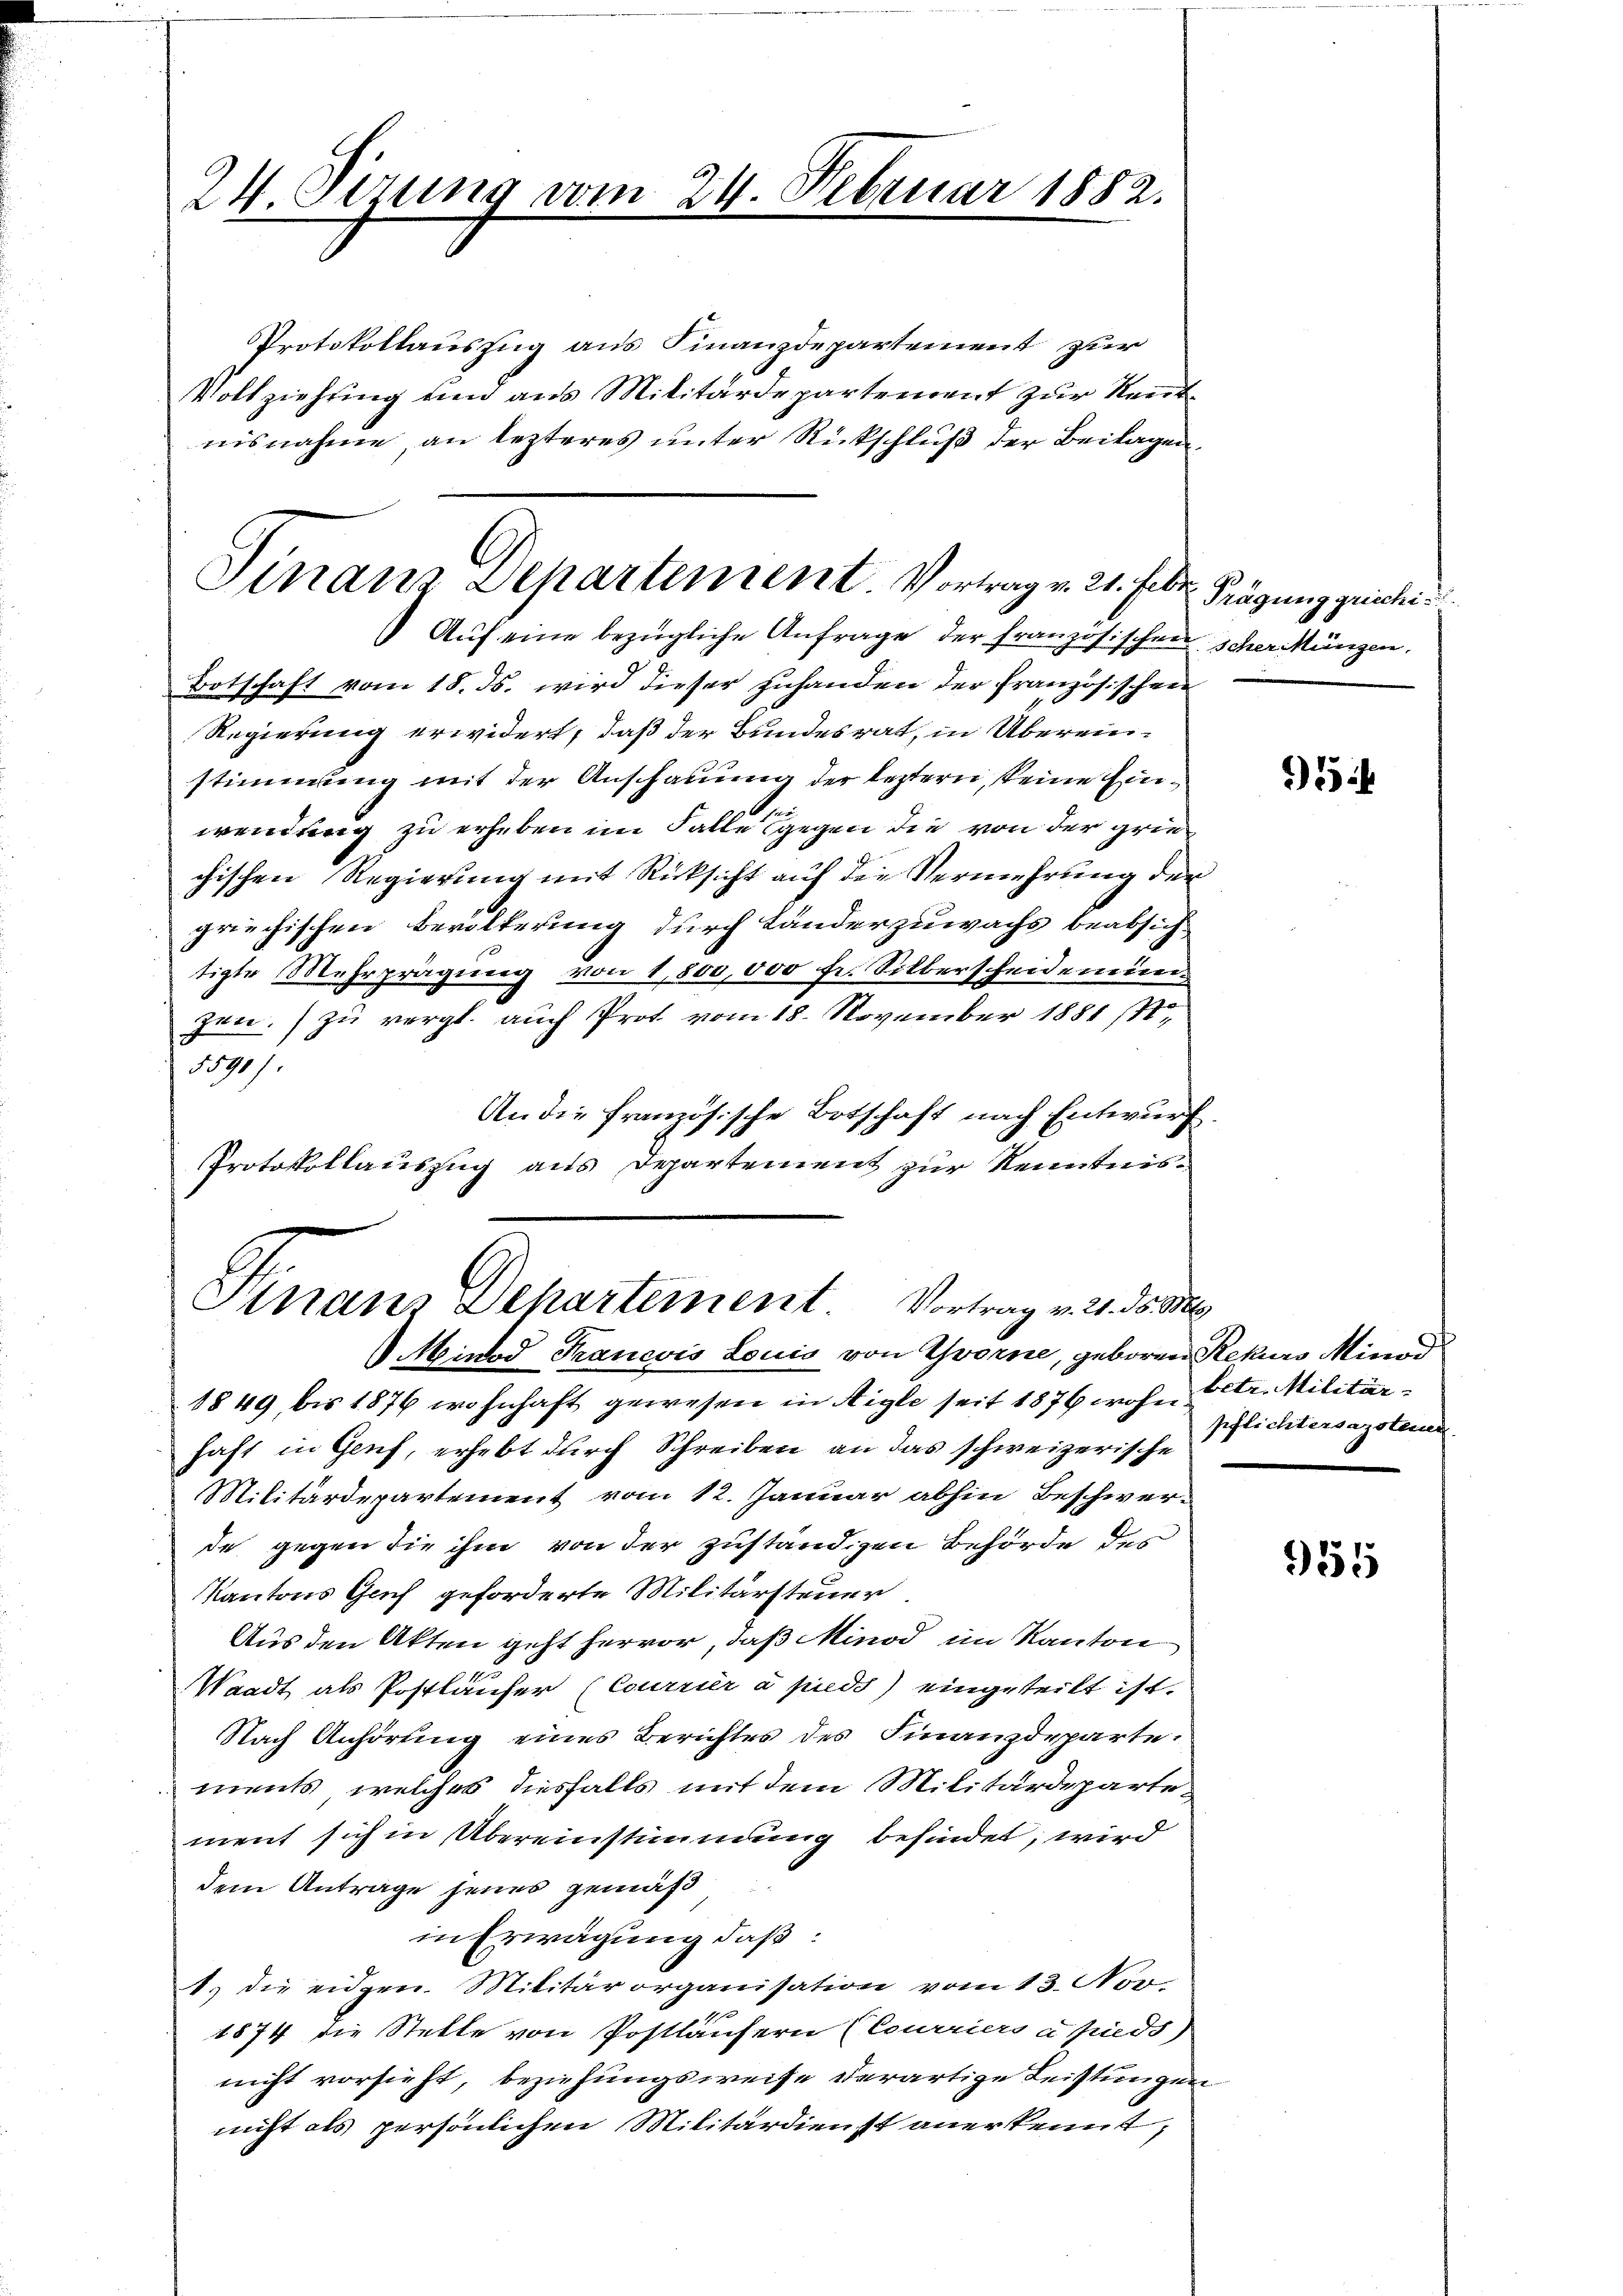
24 Serung vom 24. Februar 1882.

Protokollauszug aus Finanzdepartement zur
Vollziehung und aus Militärdepartement zur Kenntnisnahme, an lezteres unter Rückschluß der Beilagen.
Botschaft vom 18. ds. wird dieser Zuhanden der französischen
Regierung erwidert, daß der Bundesrat, in Übereinstimmung mit der Anschauung der leztern, keine Einwendung zu erheben im Falle gegen die von der grie
chischen Regierung mit Rücksicht auf die Vermehrung der
griechischen Bevölkerung durch Länderzuwachs beabsich
tigte Mehrprägung von 1,800,000 Fr. Silberscheidemienzen.) zu vergl. auch Prot vom 18. November 1881 s
5590).
An die französische Botschaft nach Entwurf
Protokollauszug aus Departement zur Kenntnis¬

Finanz Departement Vortrag v. 21. Febr. Prägung griechi
Aŭf eine bezügliche Anfrage der französischen scher Münzen.

Finans Departement. Vortrag v. 2. ds. Bes
Minad Francois Louis von Yvorne, geboren Rekurs Minod

1849, bis 1876 wohnhaft gewesen in Aigle seit 1876 wohn betr. Militärhaft in Genf, erhebt durch Schreiben an das schweizerische
Militärdepartement vom 12. Januar abhin Beschwer-
de gegen die ihm von der zuständigen Behörde des
Kantons Gach geforderte Militärsteuer.
Aus den Akten geht hervor, daß Minod im Kanton
Waadt als Postläufer (Courrier à pieds) eingeteilt ist.
Nach Anhörung eines Berichtes des Finanzdeparte:
ments, welches diesfalls mit dem Militärdepartement sich in Übereinstimmung befindet, wird
dem Antrage jenes gemäß
in Erwägung daß:
1.) die eidgen. Militärorganisation vom 13. Nov
1874 die Stelle von Postläufern (Courriers à pieds)
nicht vorsieht, beziehungsweise derartige Leistungen
nicht als persönlichen Militärdienst anerkennt,

1

pflichtersazstein.

951